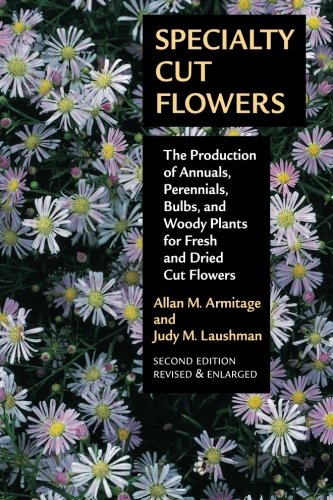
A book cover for Specialty Cut Flowers: The Production of Annuals, Perennials, Bulbs and Woody Plants for Fresh and Dried Cut Flowers; Allan M. Armitage; Crafts, Hobbies & Home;